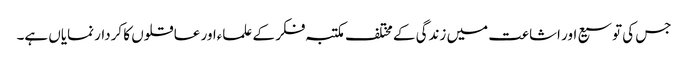
جس کی توسیع اور اشاعت میں زندگی کے مختلف مکتبہ فکر کے علماءاور عاقلوں کا کردار نمایاں ہے۔